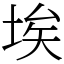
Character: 埃